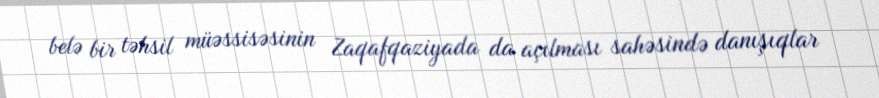
belə bir təhsil müəssisəsinin Zaqafqaziyada da açılması sahəsində danışıqlar